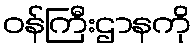
ဝန်ကြီးဌာနကို